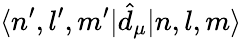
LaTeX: \langle n^{\prime},l^{\prime},m^{\prime}|\hat{d}_{\mu}|n,l,m\rangle